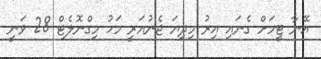
އޭނާ ޓީމަށް ގެނައި އިރު މިދިޔަ ޖެނުއަރީ މަހު މިގްނޮލެޓް 28 ވަނީ